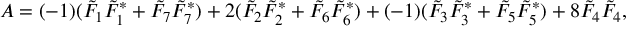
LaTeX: { \cal A } = ( - 1 ) ( \tilde { F } _ { 1 } \tilde { F } _ { 1 } ^ { * } + \tilde { F } _ { 7 } \tilde { F } _ { 7 } ^ { * } ) + 2 ( \tilde { F } _ { 2 } \tilde { F } _ { 2 } ^ { * } + \tilde { F } _ { 6 } \tilde { F } _ { 6 } ^ { * } ) + ( - 1 ) ( \tilde { F } _ { 3 } \tilde { F } _ { 3 } ^ { * } + \tilde { F } _ { 5 } \tilde { F } _ { 5 } ^ { * } ) + 8 \tilde { F } _ { 4 } \tilde { F } _ { 4 } ,